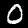
Digit: 0